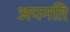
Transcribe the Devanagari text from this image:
अपनति